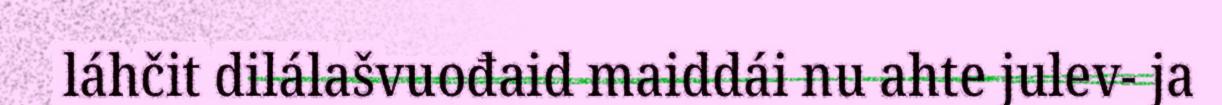
láhčit dilálašvuođaid maiddái nu ahte julev- ja